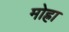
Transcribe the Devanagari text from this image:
मोह्रा